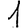
Digit: 1